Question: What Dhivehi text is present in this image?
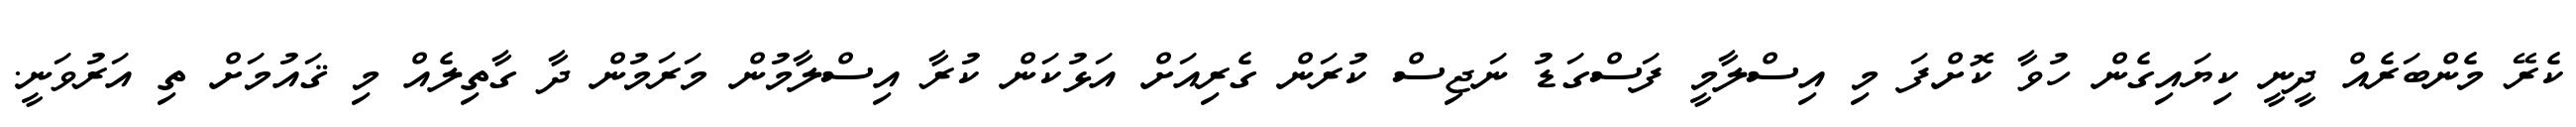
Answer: ކެރޭ މެންބަރެއް ދީނީ ކިޔައިގެން ހުވާ ކޮށްފަ މި އިސްލާމީ ފަސްގަޑު ނަޖިސް ކުރަން ގެރިއަށް އަޅުކަން ކުރާ އިސްލާމުން މަރަމުން ދާ ގާތިލެއް މި ޤައުމަށް ތި އަރުވަނީ.